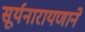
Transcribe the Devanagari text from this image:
सूर्यनारायणाने